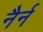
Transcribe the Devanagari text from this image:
नैर्न